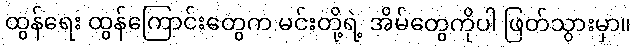
ထွန်ရေး ထွန်ကြောင်းတွေက မင်းတို့ရဲ့ အိမ်တွေကိုပါ ဖြတ်သွားမှာ။